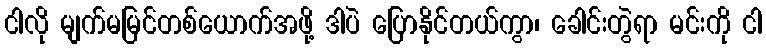
ငါလို မျက်မမြင်တစ်ယောက်အဖို့ ဒါပဲ ပြောနိုင်တယ်ကွာ၊ ခေါင်းတွဲရာ မင်းကို ငါ